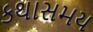
કથાસમય